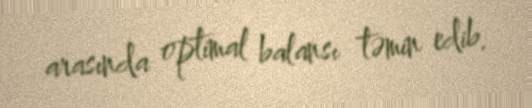
arasında optimal balansı təmin edib.